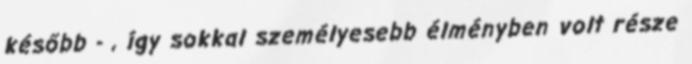
később - , így sokkal személyesebb élményben volt része